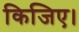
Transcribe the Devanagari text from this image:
किजिए।